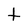
Character: t